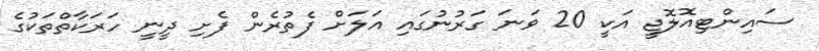
ސައިންޓިއޮލޮޖީ އަކީ 20 ވަނަ ގަރުނުގައި އަލަށް ފެތުރެން ފެށި ދީނީ ހަރަކާތްތަކުގެ